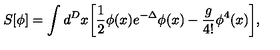
S [ \phi ] = \int d ^ { D } x \biggl [ \frac { 1 } { 2 } \phi ( x ) e ^ { - \Delta } \phi ( x ) - \frac { g } { 4 ! } \phi ^ { 4 } ( x ) \biggr ] ,